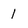
Character: 1